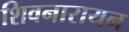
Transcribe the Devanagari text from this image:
शिवनारायन